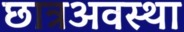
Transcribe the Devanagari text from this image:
छात्रअवस्था